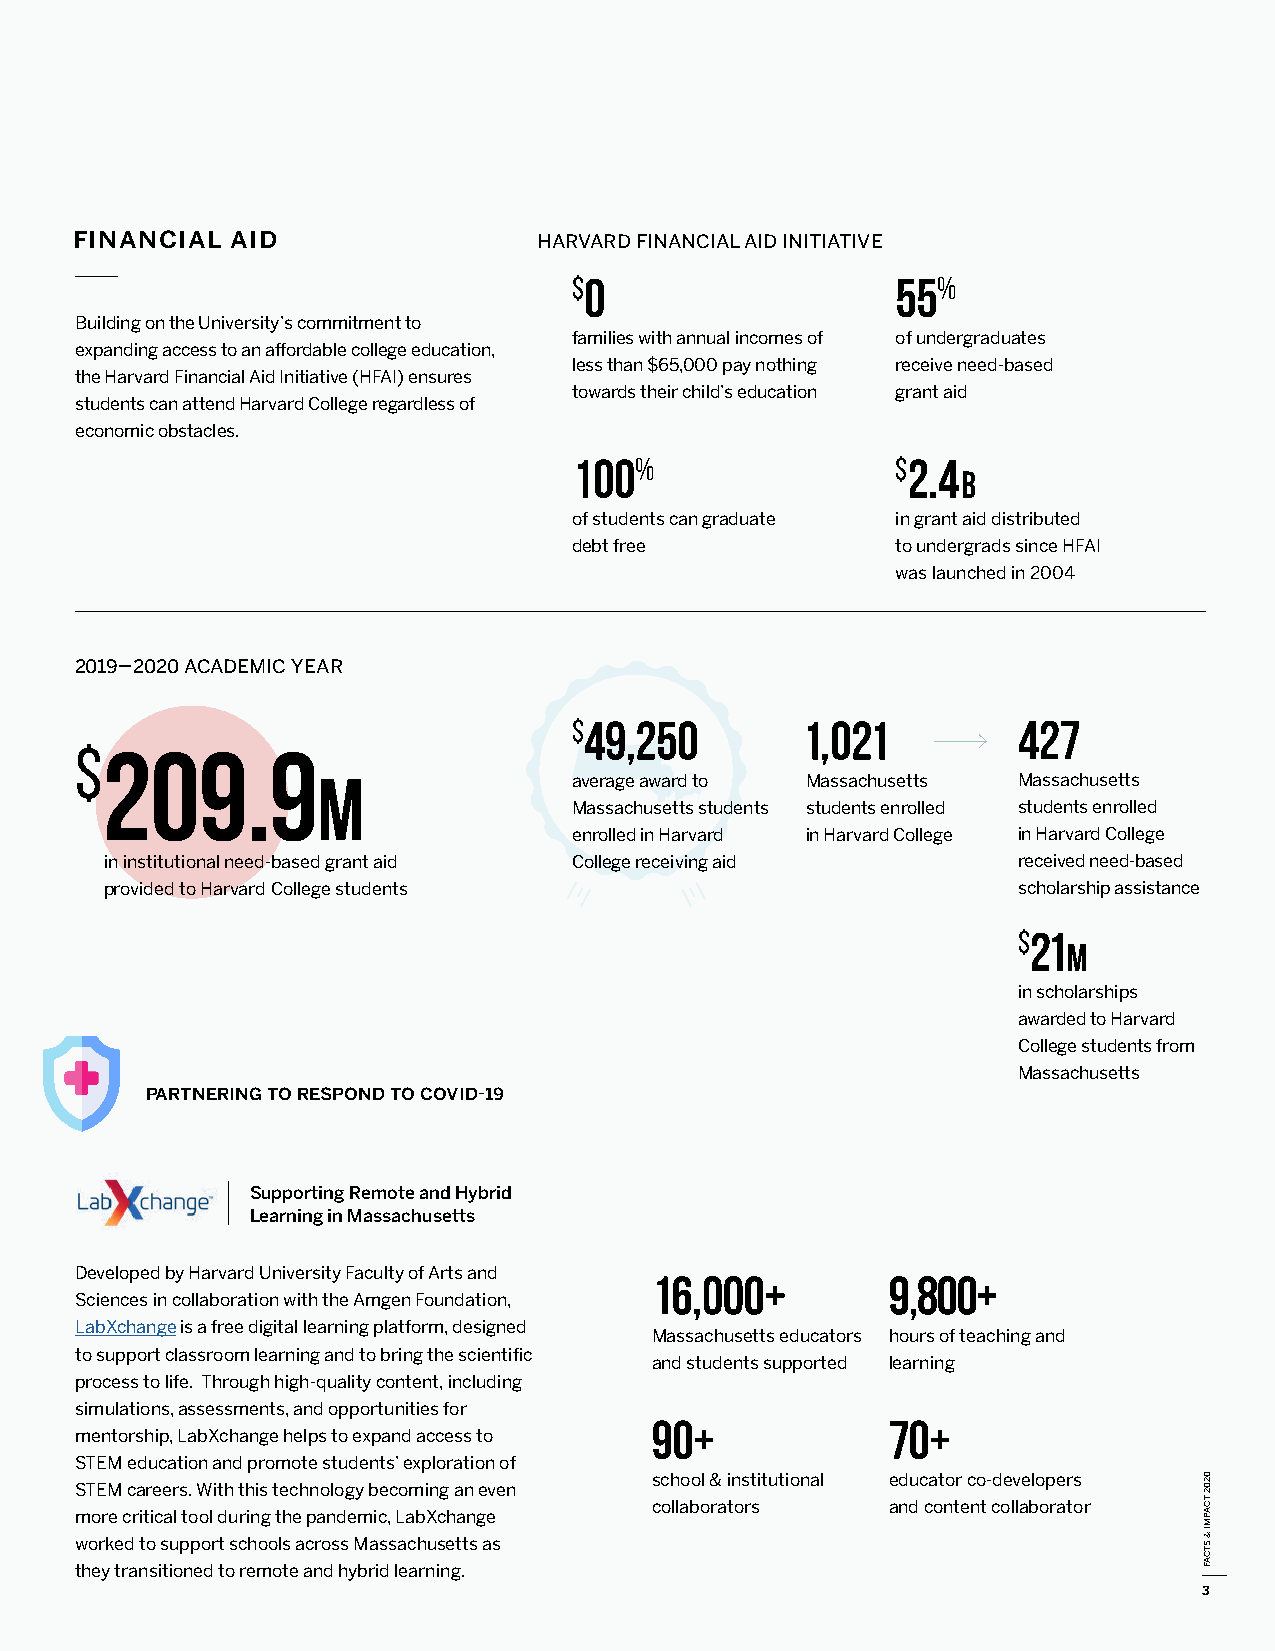
financial aid                  harvard financial aid initiative
 $0                   55%
 Building on the University’s commitment to
 families with annual incomes of of undergraduates
 expanding access to an affordable college education,
 less than $65,000 pay nothing receive need-based
 the Harvard Financial Aid Initiative (HFAI) ensures
 towards their child’s education grant aid
 students can attend Harvard College regardless of
 economic obstacles.
 100%                 $2.4
 b
 of students can graduate in grant aid distributed
 debt free            to undergrads since HFAI
 was launched in 2004
 2019–2020 academic year
 $49,250        1,021         427
 $2   09.9
 m                average award to Massachusetts Massachusetts
 Massachusetts students students enrolled students enrolled
 enrolled in Harvard in Harvard College in Harvard College
 i n institutional need-based grant aid College receiving aid received need-based
 provided to Harvard College students                        scholarship assistance
 $21
 m
 in scholarships
 awarded to Harvard
 College students from
 Massachusetts
 partnering to respond to covid-19
 Supporting Remote and Hybrid
 Learning in Massachusetts
 Developed by Harvard University Faculty of Arts and 16,000+ 9,800+
 Sciences in collaboration with the Amgen Foundation,
 LabXchange is a free digital learning platform, designed
 Massachusetts educators hours of teaching and
 to support classroom learning and to bring the scientific
 and students supported learning
 process to life. Through high-quality content, including
 simulations, assessments, and opportunities for
 90+             70+
 mentorship, LabXchange helps to expand access to
 STEM education and promote students’ exploration of
 school & institutional educator co-developers
 STEM careers. With this technology becoming an even
 collaborators   and content collaborator
 more critical tool during the pandemic, LabXchange
 worked to support schools across Massachusetts as
 they transitioned to remote and hybrid learning.
 3
 0202
 tcapmi
 & stcaf